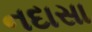
નદાસા